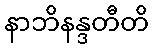
နာဘိနန္ဒတီတိ